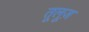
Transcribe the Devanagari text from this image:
तूलूज़